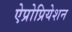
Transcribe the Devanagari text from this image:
ऐप्रोप्रियेशन